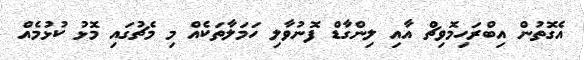
އެގޮތުން އިބްރަހިމޮވިޗް އާއި ލިންގާޑް ފޮނުވާލި ހަމަލާތަކެއް މި މެޗުގައި މޮޅު ކުޅުމެއް